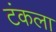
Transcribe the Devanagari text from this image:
टंकला